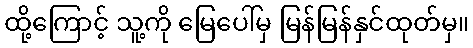
ထို့ကြောင့် သူ့ကို မြေပေါ်မှ မြန်မြန်နှင်ထုတ်မှ။